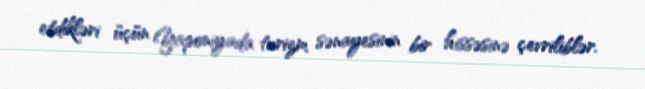
etdikləri üçün Yaponiyada turizm sənayesinin bir hissəsinə çevriliblər.